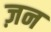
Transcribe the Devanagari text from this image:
ज़न